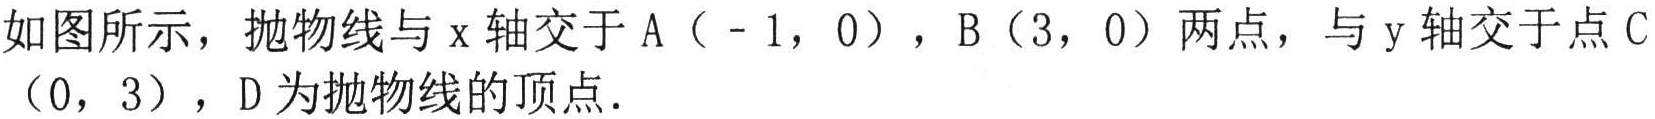
如图所示，抛物线与\(x\)轴交于\(A（ - 1，0）\)，\(B（3，0）\)两点，与\(y\)轴交于点\(C（0，3）\)，\(D\)为抛物线的顶点.